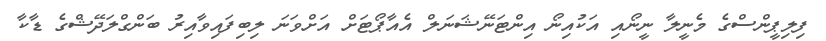
ފިލިޕީންސްގެ މެނީލާ ނީނޯއި އަކުއިނޯ އިންޓަނޭޝަނަލް އެއާޕޯޓަށް އަށްވަނަ ލިބިފައިވާއިރު ބަންގްލަދޭޝްގެ ޑާކާ